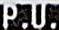
P.U.